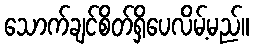
သောက်ချင်စိတ်ရှိပေလိမ့်မည်။